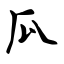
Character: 瓜